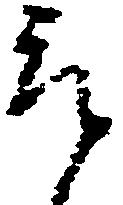
取